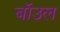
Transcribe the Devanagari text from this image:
बॉउल